Report of the Municipal Commissioner on the plague in Bombay for the year ending 31st May... - Volume 1
Disease focus: Plague
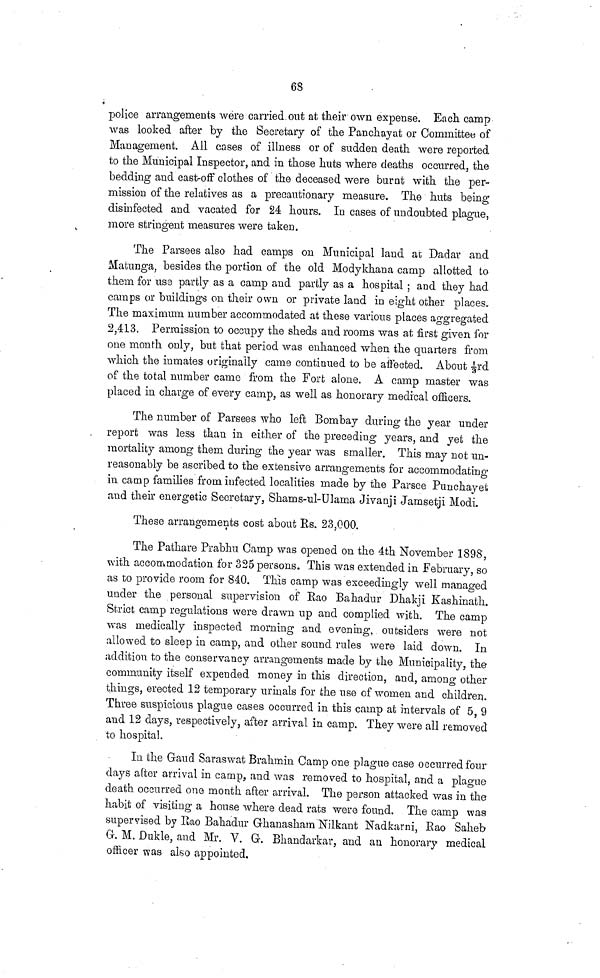
68
police arrangements were carried out at their own expense. Each camp
was looked after by the Secretary of the Panchayat or Committee of
Management. All cases of illness or of sudden death were reported
to the Municipal Inspector, and in those huts where deaths occurred, the
bedding and cast-off clothes of the deceased were burnt with the per-
mission of the relatives as a precautionary measure. The huts being
disinfected and vacated for 24 hours. In cases of undoubted plague,
more stringent measures were taken.
The Parsees also had camps on Municipal land at Dadar and
Matunga, besides the portion of the old Modykhana camp allotted to
them for use partly as a camp and partly as a hospital ; and they had
camps or buildings on their own or private land in eight other places.
The maximum number accommodated at these various places aggregated
2,413. Permission to occupy the sheds and rooms was at first given for
one month only, but that period was enhanced when the quarters from
which the inmates originally came continued to be affected. About 1/3rd
of the total number came from the Fort alone. A camp master was
placed in charge of every camp, as well as honorary medical officers.
The number of Parsees who left Bombay during the year under
report was less than in either of the preceding years, and yet the
mortality among them during the year was smaller. This may not un-
reasonably be ascribed to the extensive arrangements for accommodating
in camp families from infected localities made by the Parsee Punchayet
and their energetic Secretary, Shams-ul-Ulama Jivanji Jarnsetji Modi.
These arrangements cost about Rs. 23,000.
The Pathare Prabhu Camp was opened on the 4th November 1898,
with accommodation for 325 persons. This was extended in February, so
as to provide room for 840. This camp was exceedingly well managed
under the personal supervision of Rao Bahadur Dhakji Kashinath.
Strict camp regulations were drawn up and complied with. The camp
was medically inspected morning and evening, outsiders were not
allowed to sleep in camp, and other sound rules were laid down. In
addition to the conservancy arrangements made by the Municipality, the
community itself expended money in this direction, and, among other
things, erected 12 temporary urinals for the use of women and children.
Three suspicious plague cases occurred in this camp at intervals of 5,9
and 12 days, respectively, after arrival in camp. They were all removed
to hospital.
In the Gaud Saraswat Brahmin Camp one plague case occurred four
days after arrival in camp, and was removed to hospital, and a plague
death occurred one month after arrival. The person attacked was in the
habit of visiting a house where dead rats were found. The camp was
supervised by Rao Bahadur Ghanasharn Nilkant Nadkarni, Rao Saheb
G. M. Dulde, and Mr. V. G. Bhandarkar, and an honorary medical
officer was also appointed.